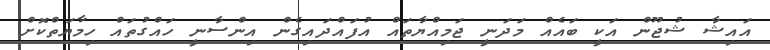
އައިޝާ ޝުޖޫން އަކީ ބައެއް މަދަނީ ޖަމިއްޔާތައް އުފައްދައިގެން އިންސާނީ ހައްގުތައް ހިމާޔަތްކޮށް